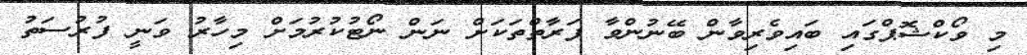
މި ވޯކްޝޮޕްގައި ބައިވެރިވާން ބޭނުންވާ ފަރާތްތަކަށް ނަން ނޯޓުކުރުމަށް މިހާރު ވަނީ ފުރުސަތު